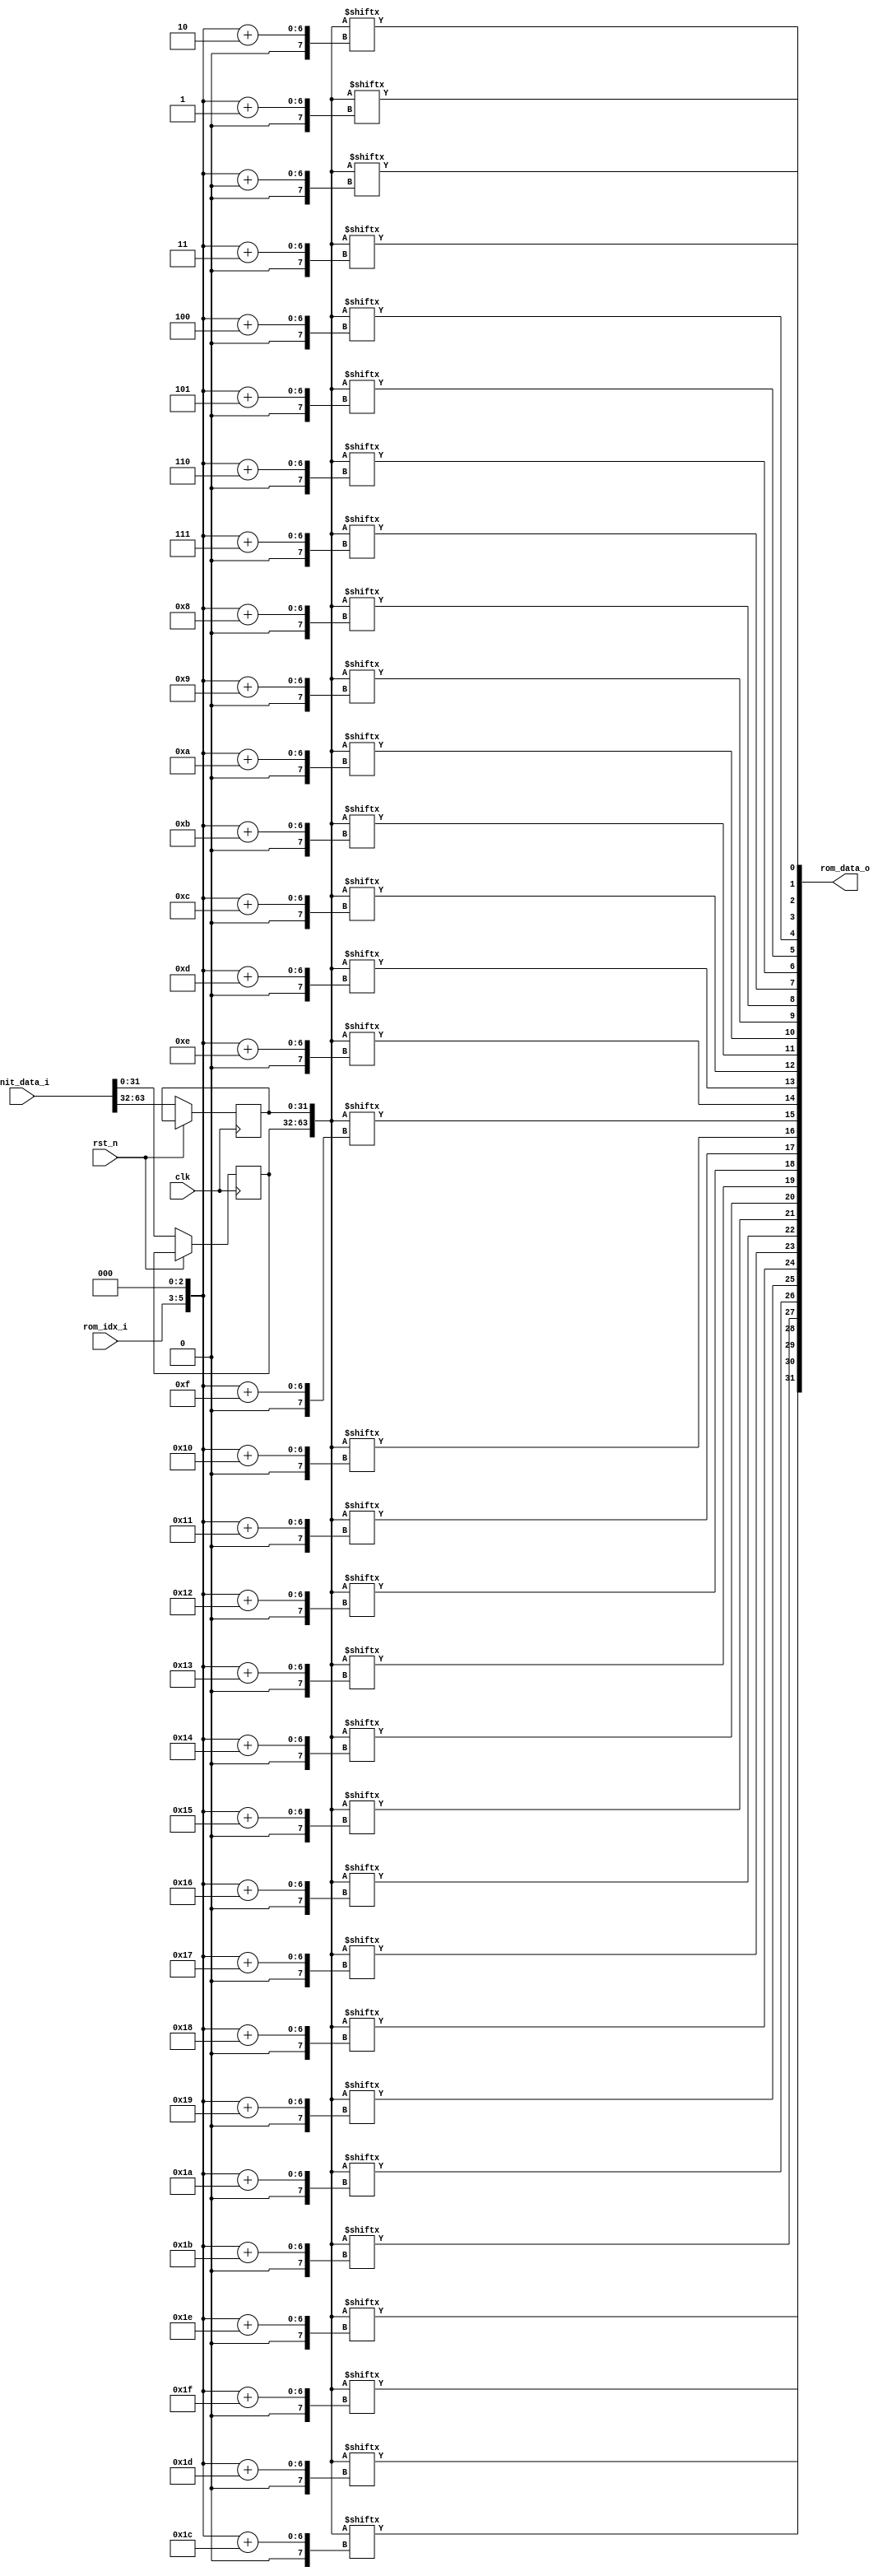

module rom_uninit #(
    parameter ADDR_NUM = 2,
    parameter ADDR_LEN = 1 + 5 - 3,
    parameter DATA_LEN = 32
) (
    input  [ADDR_LEN-1:0] rom_idx_i,
    output [DATA_LEN-1:0] rom_data_o,

    input  [ADDR_NUM*DATA_LEN-1:0] init_data_i,

    /* basic_signals */
    input clk,
    input rst_n
);

wire [ADDR_LEN+3-1:0] rom_addr;
reg [ADDR_NUM*DATA_LEN-1:0] rom_data;

genvar n;
/* initial ROM */
generate
    for (n = 0; n < ADDR_NUM; n = n + 1) begin
        always @(posedge clk) begin
            if (~rst_n) begin
                rom_data[DATA_LEN*(n+1)-1:DATA_LEN*n] <= init_data_i[(ADDR_NUM-n)*DATA_LEN-1:(ADDR_NUM-n-1)*DATA_LEN];
            end
        end
    end
    
endgenerate


assign rom_addr = {rom_idx_i, 3'b000};

/* read data */
generate
    for (n = 0; n < DATA_LEN; n = n + 1) begin
        assign rom_data_o[n] = rom_data[rom_addr + n];
    end
endgenerate


endmodule